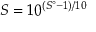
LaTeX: S = 1 0 ^ { \left( { S ^ { \circ } - 1 } \right) / 1 0 }